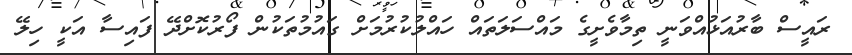
ރައީސް ބާރުއަޅުއްވަނީ ތިމާވެށީގެ މައްސަލަތައް ހައްލުކުރުމަށް ގައުމުތަކުން ފޯރުކޮށްދޭ ފައިސާ އަކީ ހިލޭ